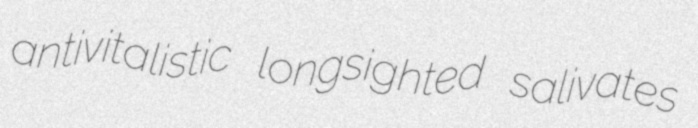
antivitalistic longsighted salivates